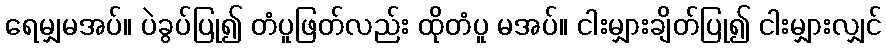
ရေမျှမအပ်။ ပဲခွပ်ပြု၍ တံပူဖြတ်လည်း ထိုတံပူ မအပ်။ ငါးမျှားချိတ်ပြု၍ ငါးမျှားလျှင်